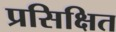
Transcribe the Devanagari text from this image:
प्रसिक्षित